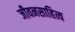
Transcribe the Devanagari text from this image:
जीवनसाहित्य